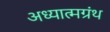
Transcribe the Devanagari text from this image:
अध्यात्मग्रंथ